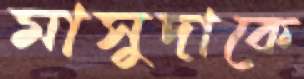
মাসুদাকে